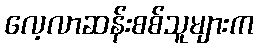
လေ့လာဆန်းစစ်သူများက